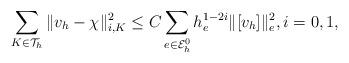
LaTeX: \begin{align*}\sum_{K\in \mathcal{T}_h}\|v_h-\chi\|_{i,K}^2 \leq C \sum_{e\in{\cal E}_h^0} h_e^{1-2i}\|[v_h]\|_e^2,i=0,1,\end{align*}